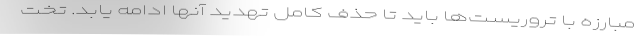
مبارزه با تروریست‌ها باید تا حذف کامل تهدید آنها ادامه یابد. تخت‌